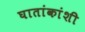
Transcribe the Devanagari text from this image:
घातांकांशी